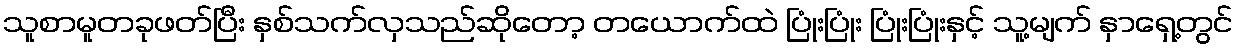
သူစာမူတခုဖတ်ပြီး နှစ်သက်လှသည်ဆိုတော့ တယောက်ထဲ ပြုံးပြုံး ပြုံးပြုံးနှင့် သူ့မျက် နှာရှေ့တွင်